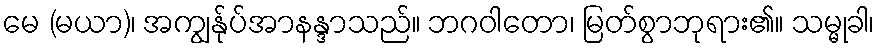
မေ (မယာ)၊ အကျွန်ုပ်အာနန္ဒာသည်။ ဘဂဝါတော၊ မြတ်စွာဘုရား၏။ သမ္မုခါ၊